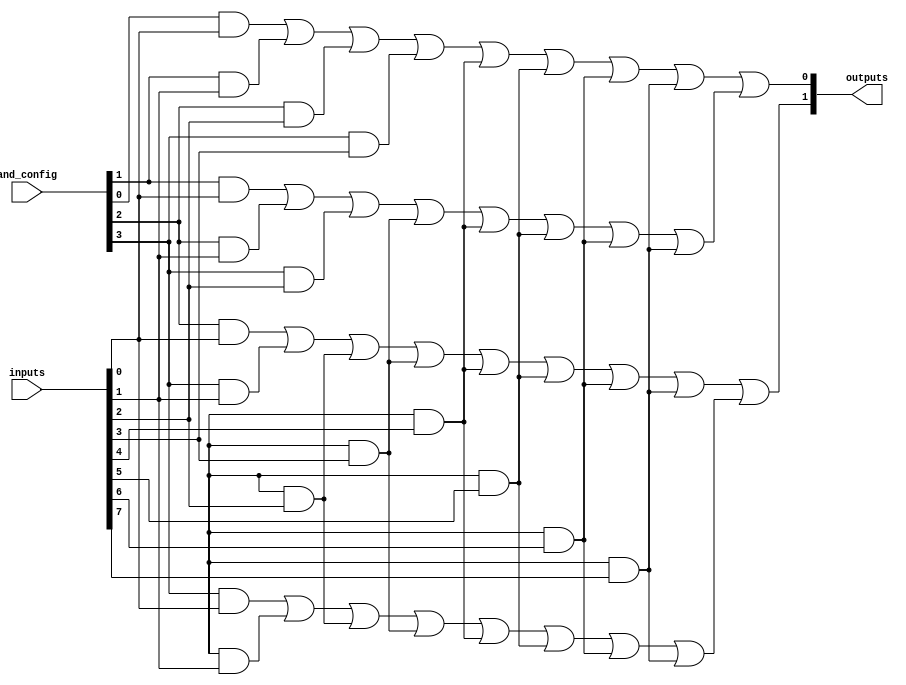
module PAL (
    input wire [N-1:0] inputs,       // N input lines
    input wire [M-1:0] and_config,    // Configuration for AND gates (M bits)
    output wire [P-1:0] outputs       // P output lines
);
    parameter N = 8;                  // Number of inputs
    parameter M = 4;                  // Number of AND gates
    parameter P = 2;                  // Number of OR gates

    // AND gate outputs
    wire [M-1:0] and_outputs;

    // Generate AND gates
    genvar i;
    generate
        for (i = 0; i < M; i = i + 1) begin : and_gate
            assign and_outputs[i] = (and_config[i] & inputs[0]) |
                                      (and_config[i+1] & inputs[1]) |
                                      (and_config[i+2] & inputs[2]) |
                                      (and_config[i+3] & inputs[3]) |
                                      (and_config[i+4] & inputs[4]) |
                                      (and_config[i+5] & inputs[5]) |
                                      (and_config[i+6] & inputs[6]) |
                                      (and_config[i+7] & inputs[7]);
        end
    endgenerate

    // OR gate outputs
    wire [P-1:0] or_outputs;

    // Generate OR gates (fixed functionality)
    assign or_outputs[0] = and_outputs[0] | and_outputs[1]; // Example OR gate 1
    assign or_outputs[1] = and_outputs[2] | and_outputs[3]; // Example OR gate 2

    // Final outputs
    assign outputs = or_outputs;

endmodule